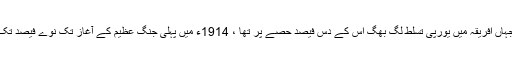
1870ء میں جہاں افریقہ میں یورپی تسلط لگ بھگ اس کے دس فیصد حصے پر تھا ، 1914ء میں پہلی جنگ عظیم کے آغاز تک نوے فیصد تک جا پہنچا تھا ۔